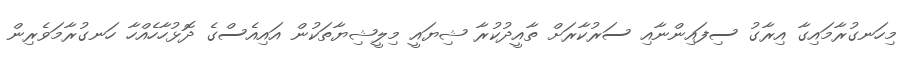
މިހަނގުރާމައިގާ އިރާގު ސިފައިންނާއި ސަރުކާރަށް ތާއީދުކުރާ ޝިޔައީ މިލީޝިޔާތަކުން އައިއެސްގެ ދޮޅުހާހެއްހާ ހަނގުރާމަވެރިން